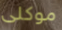
موكلى